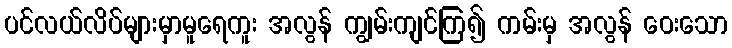
ပင်လယ်လိပ်များမှာမူရေကူး အလွန် ကျွမ်းကျင်ကြ၍ ကမ်းမှ အလွန် ဝေးသော